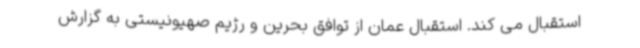
استقبال می کند. استقبال عمان از توافق بحرین و رژیم صهیونیستی به گزارش